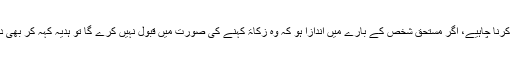
دونوں صورتیں جائز ہیں، موقع محل کو دیکھ کر عمل کرنا چاہیے، اگر مستحق شخص کے بارے میں اندازا ہو کہ وہ زکاۃ کہنے کی صورت میں قبول نہیں کرے گا تو ہدیہ کہہ کر بھی دے سکتے ہیں، البتہ نیت زکاۃ کی کرنا ضروری ہوگا۔